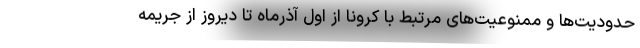
حدودیت‌ها و ممنوعیت‌های مرتبط با کرونا از اول آذرماه تا دیروز از جریمه